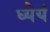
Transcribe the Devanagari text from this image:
ध्येयं